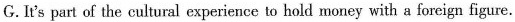
G.It's part of the cultural experience to hold money with a foreign figure.